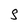
Character: S